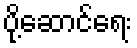
ပို့ဆောင်ရေး